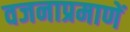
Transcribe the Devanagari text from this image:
वजनाप्रमाणें